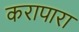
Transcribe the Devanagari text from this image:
करापारा